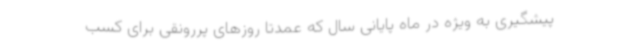
پیشگیری به ویژه در ماه پایانی سال که عمدتا روزهای پررونقی برای کسب